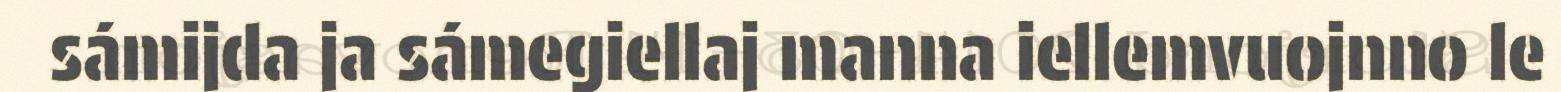
sámijda ja sámegiellaj manna iellemvuojnno le